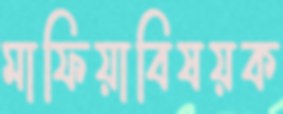
মাফিয়াবিষয়ক